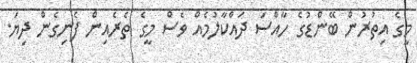
މީގެ އިތުރުން ބޭންޑުގެ ހާއްސަ ދައްކާލުމެއް ވެސް މީގެ ތެރެއިން ފެނިގެން ދިޔަ.